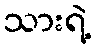
သားရဲ့